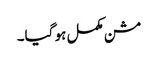
مشن مکمل ہو گیا۔